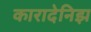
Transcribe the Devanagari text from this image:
कारादेनिझ